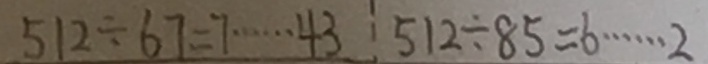
5 1 2 \div 6 7 = 7 \cdots 4 3 5 1 2 \div 8 5 = 6 \cdots 2